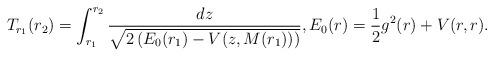
LaTeX: \begin{align*}T_{r_{1}}(r_{2})=\int_{r_{1}}^{r_{2}}\frac{dz}{\sqrt{2\left(E_{0}(r_{1})-V(z,M(r_{1}))\right)}},E_{0}(r)=\frac{1}{2}g^{2}(r)+V(r,r).\end{align*}